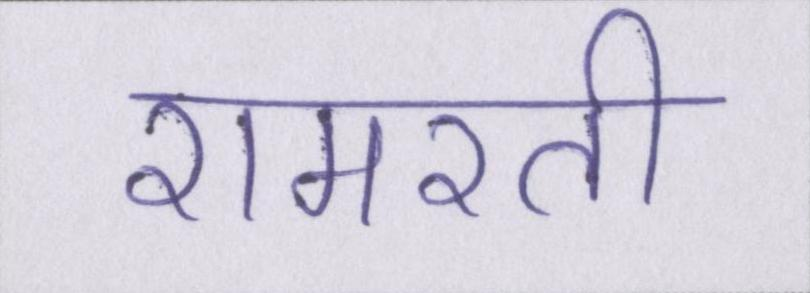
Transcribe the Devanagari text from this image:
रामरती